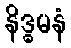
နိဒ္ဓမနံ